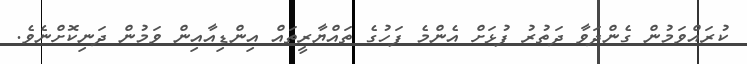
ކުރައްވަމުން ގެންދަވާ ދަތުރު ފުޅަށް އެންމެ ފަހުގެ ތައްޔާރީތައް އިންޑިއާއިން ވަމުން ދަނިކޮށްނެވެ.